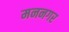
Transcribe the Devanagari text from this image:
मननगर